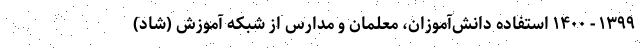
۱۳۹۹ - ۱۴۰۰ استفاده دانش‌آموزان، معلمان و مدارس از شبکه آموزش (شاد)